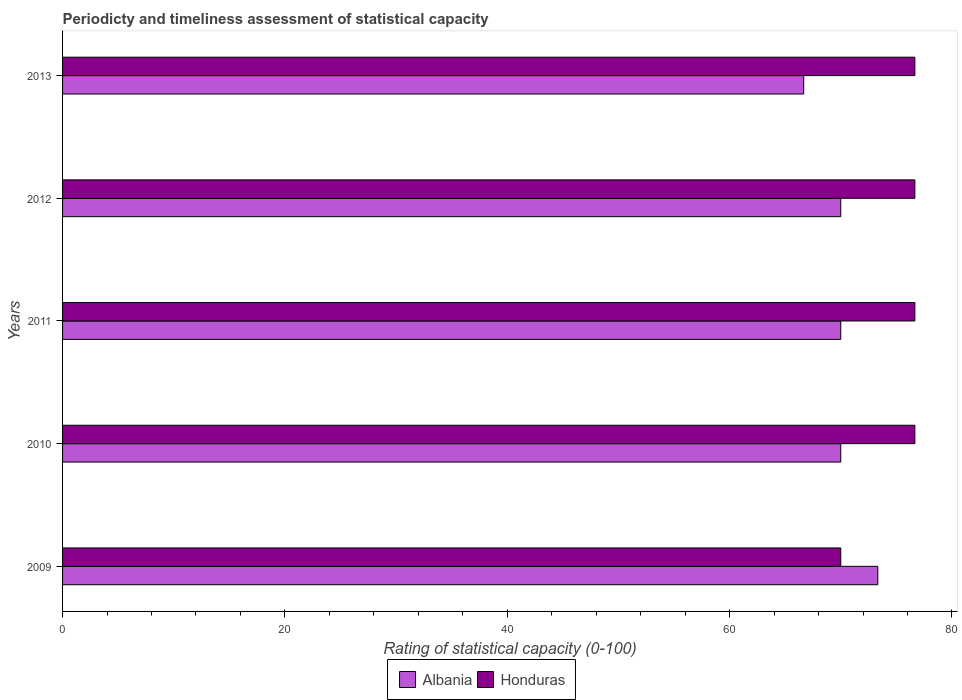
| Years | Albania | Honduras |
 | --- | --- | --- |
 | 2009 | 73.3 | 70 |
 | 2010 | 70 | 76.7 |
 | 2011 | 70 | 76.7 |
 | 2012 | 70 | 76.7 |
 | 2013 | 66.7 | 76.7 |